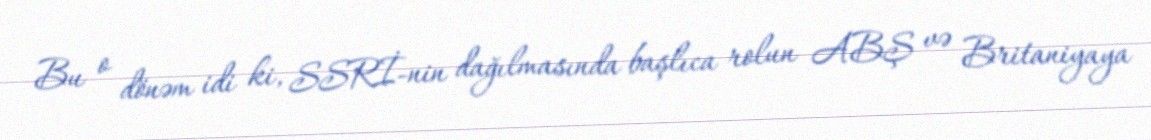
Bu o dönəm idi ki, SSRİ-nin dağılmasında başlıca rolun ABŞ və Britaniyaya